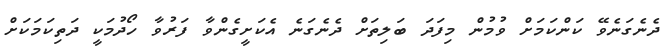
ދެނެގަނެވޭ ކަންކަމަށް ވުމުން މިފަދަ ބަލިތަށް ދެނެގަނެ އެކަށީގެންވާ ފަރުވާ ހޯދުމަކީ ދަތިކަމަކަށް